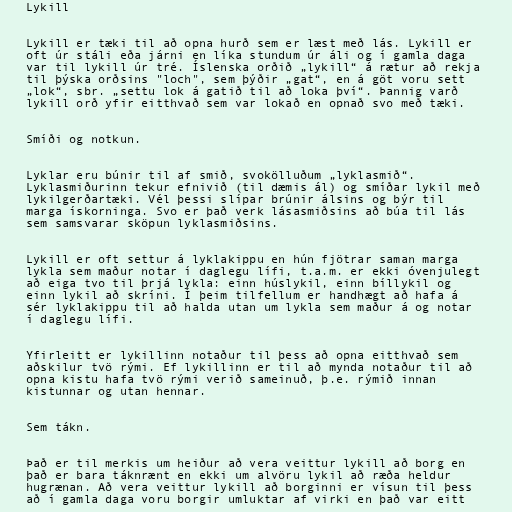
Lykill

Lykill er tæki til að opna hurð sem er læst með lás. Lykill er
oft úr stáli eða járni en líka stundum úr áli og í gamla daga
var til lykill úr tré. Íslenska orðið „lykill“ á rætur að rekja
til þýska orðsins "loch", sem þýðir „gat“, en á göt voru sett
„lok“, sbr. „settu lok á gatið til að loka því“. Þannig varð
lykill orð yfir eitthvað sem var lokað en opnað svo með tæki.

Smíði og notkun.

Lyklar eru búnir til af smið, svokölluðum „lyklasmið“.
Lyklasmiðurinn tekur efnivið (til dæmis ál) og smíðar lykil með
lykilgerðartæki. Vél þessi slípar brúnir álsins og býr til
marga ískorninga. Svo er það verk lásasmiðsins að búa til lás
sem samsvarar sköpun lyklasmiðsins.

Lykill er oft settur á lyklakippu en hún fjötrar saman marga
lykla sem maður notar í daglegu lífi, t.a.m. er ekki óvenjulegt
að eiga tvo til þrjá lykla: einn húslykil, einn bíllykil og
einn lykil að skríni. Í þeim tilfellum er handhægt að hafa á
sér lyklakippu til að halda utan um lykla sem maður á og notar
í daglegu lífi.

Yfirleitt er lykillinn notaður til þess að opna eitthvað sem
aðskilur tvö rými. Ef lykillinn er til að mynda notaður til að
opna kistu hafa tvö rými verið sameinuð, þ.e. rýmið innan
kistunnar og utan hennar.

Sem tákn.

Það er til merkis um heiður að vera veittur lykill að borg en
það er bara táknrænt en ekki um alvöru lykil að ræða heldur
hugrænan. Að vera veittur lykill að borginni er vísun til þess
að í gamla daga voru borgir umluktar af virki en það var eitt